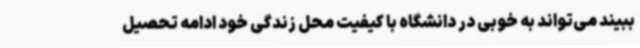
ببیند می‌تواند به خوبی در دانشگاه با کیفیت محل زندگی خود ادامه تحصیل